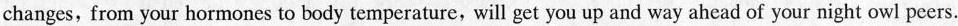
changes, from your hormones to body temperature, will get you up and way ahead of your night owl peers.